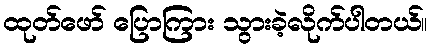
ထုတ်ဖော် ပြောကြား သွားခဲ့လိုက်ပါတယ်။